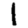
Digit: 1